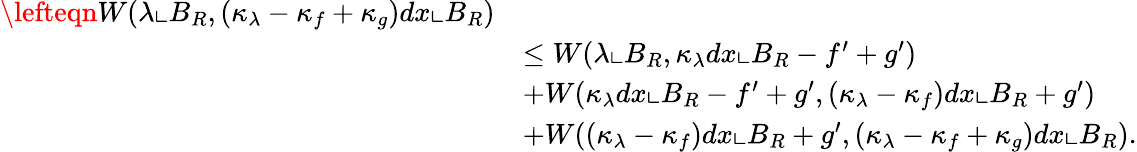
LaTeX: \begin{array}{rl}{\lefteqn{W(\lambda\llcorner B_{R},(\kappa_{\lambda}-\kappa_{f}+\kappa_{g})dx\llcorner B_{R})}}\\ &{\le W(\lambda\llcorner B_{R},\kappa_{\lambda}dx\llcorner B_{R}-f^{\prime}+g^{\prime})}\\ &{+W(\kappa_{\lambda}dx\llcorner B_{R}-f^{\prime}+g^{\prime},(\kappa_{\lambda}-\kappa_{f})dx\llcorner B_{R}+g^{\prime})}\\ &{+W((\kappa_{\lambda}-\kappa_{f})dx\llcorner B_{R}+g^{\prime},(\kappa_{\lambda}-\kappa_{f}+\kappa_{g})dx\llcorner B_{R}).}\end{array}